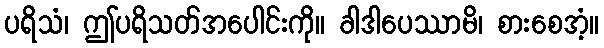
ပရိသံ၊ ဤပရိသတ်အပေါင်းကို။ ခါဒါပေဿာမိ၊ စားစေအံ့။